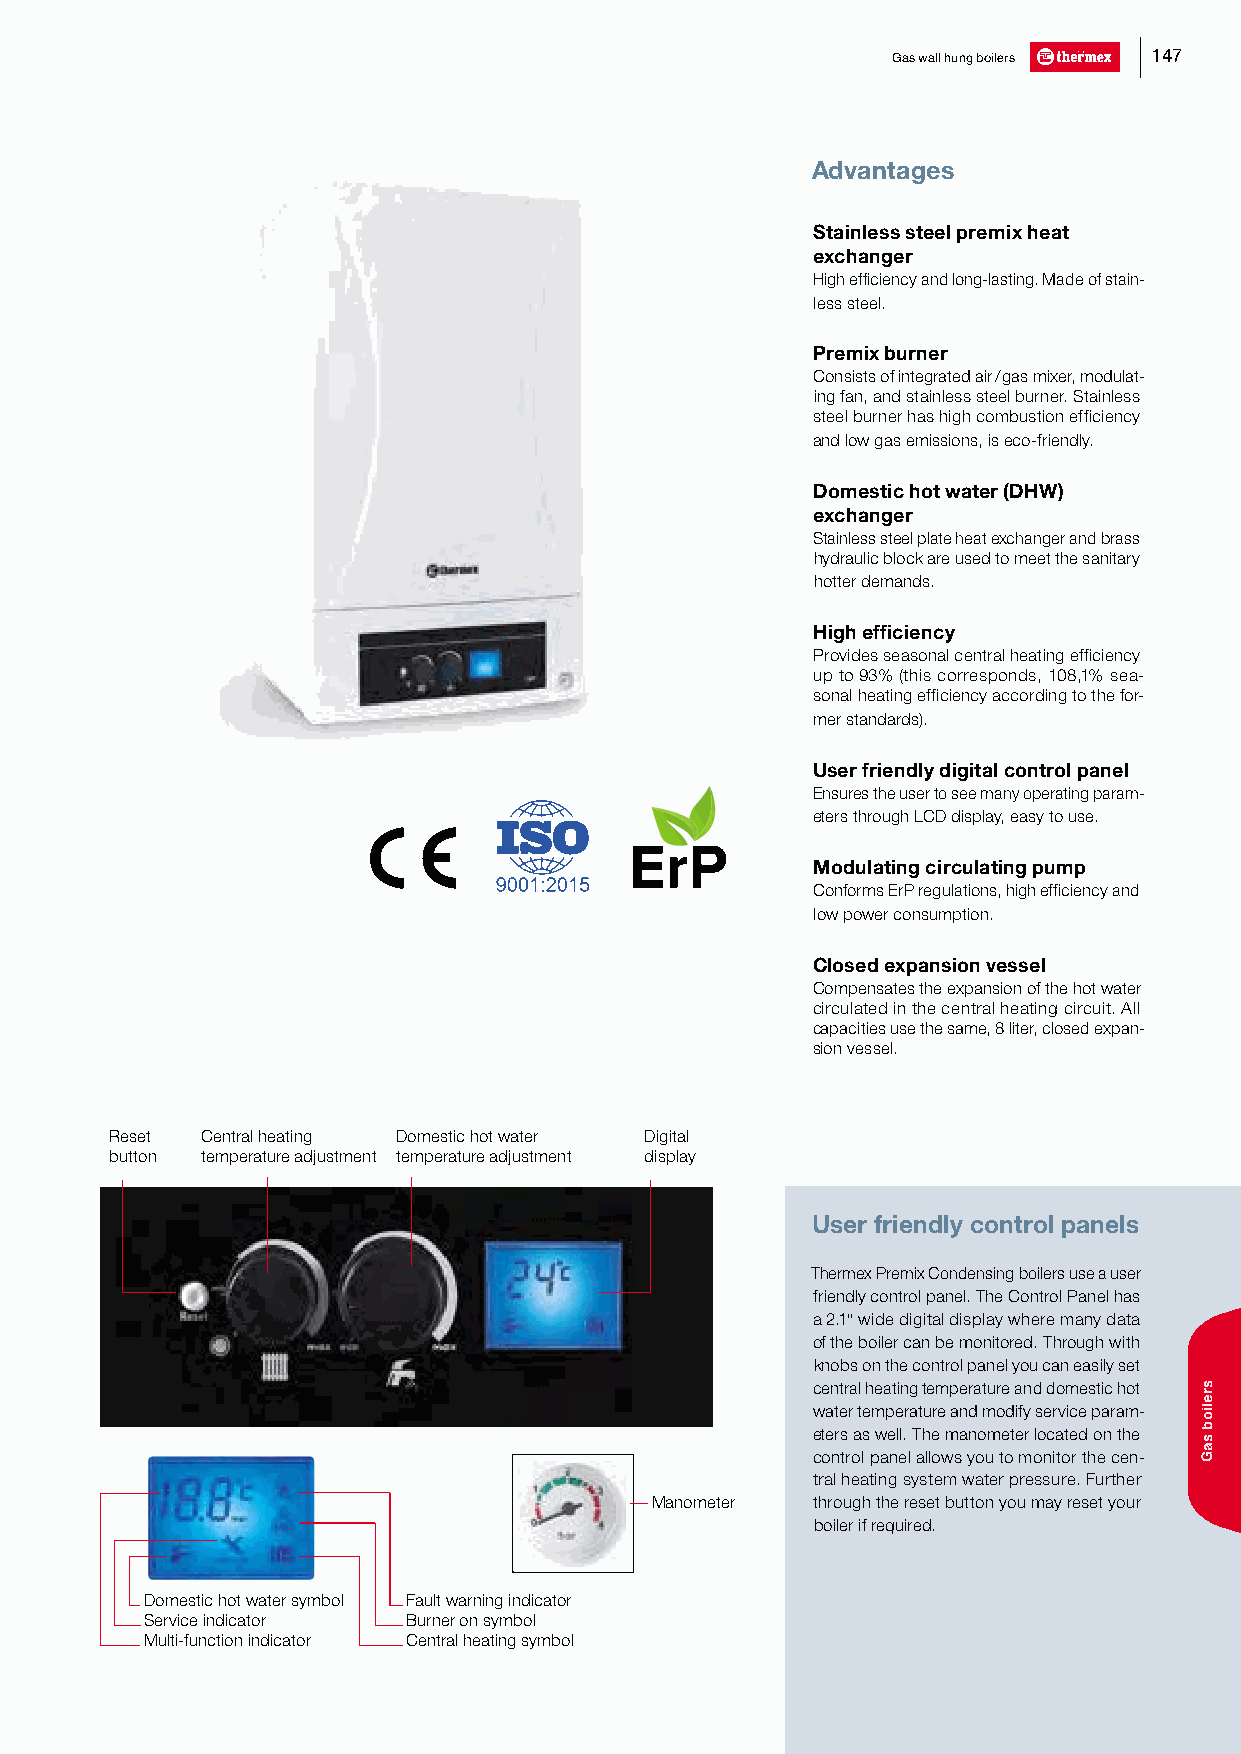
Gas wall hung boilers 147
 Advantages
 Stainless steel premix heat
 exchanger
 High efficiency and long-lasting. Made of stain-
 less steel.
 Premix burner
 Consists of integrated air / gas mixer, modulat-
 ing fan, and stainless steel burner. Stainless
 steel burner has high combustion efficiency
 and low gas emissions, is eco-friendly.
 Domestic hot water (DHW)
 exchanger
 Stainless steel plate heat exchanger and brass
 hydraulic block are used to meet the sanitary
 hotter demands.
 High efficiency
 Provides seasonal central heating efficiency
 up to 93% (this corresponds, 108,1% sea-
 sonal heating efficiency according to the for-
 mer standards).
 User friendly digital control panel
 Ensures the user to see many operating param-
 eters through LCD display, easy to use.
 Modulating circulating pump
 Conforms ErP regulations, high efficiency and
 low power consumption.
 Closed expansion vessel
 Compensates the expansion of the hot water
 circulated in the central heating circuit. All
 capacities use the same, 8 liter, closed expan-
 sion vessel.
 Reset Central heating Domestic hot water Digital
 button temperature adjustment temperature adjustment display
 User friendly control panels
 Thermex Premix Condensing boilers use a user
 friendly control panel. The Control Panel has
 a 2.1" wide digital display where many data
 of the boiler can be monitored. Through with
 knobs on the control panel you can easily set
 central heating temperature and domestic hot
 water temperature and modify service param-
 eters as well. The manometer located on the
 control panel allows you to monitor the cen-
 tral heating system water pressure. Further
 Manometer  through the reset button you may reset your
 boiler if required.
 Domestic hot water symbol Fault warning indicator
 Service indicator Burner on symbol
 Multi-function indicator Central heating symbol
 sreliob
 saG